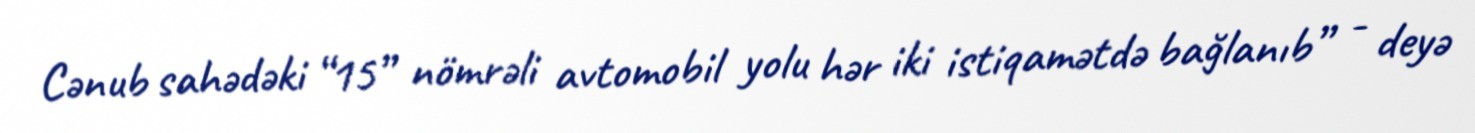
Cənub sahədəki “15” nömrəli avtomobil yolu hər iki istiqamətdə bağlanıb” - deyə